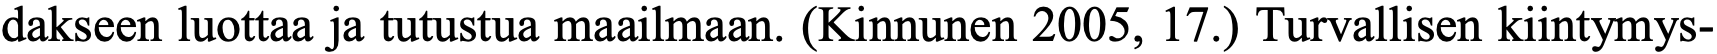
dakseen luottaa ja tutustua maailmaan. (Kinnunen 2005, 17.) Turvallisen kiintymys-